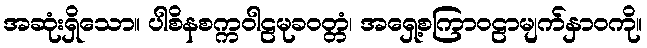
အဆုံးရှိသော။ ပါစိနစက္ကဝါဠမုခဝတ္တံ၊ အရှေ့စကြာဝဠာမျက်နှာဝကို။